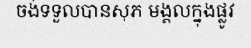
ចង់ទទួលបានសុភ មង្គលក្នុងផ្លូវ